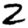
Digit: 2